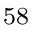
^ \mathrm { 5 8 }